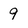
Character: 9